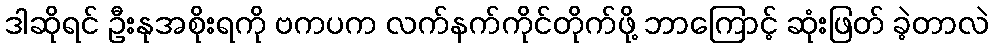
ဒါဆိုရင် ဦးနုအစိုးရကို ဗကပက လက်နက်ကိုင်တိုက်ဖို့ ဘာကြောင့် ဆုံးဖြတ် ခဲ့တာလဲ